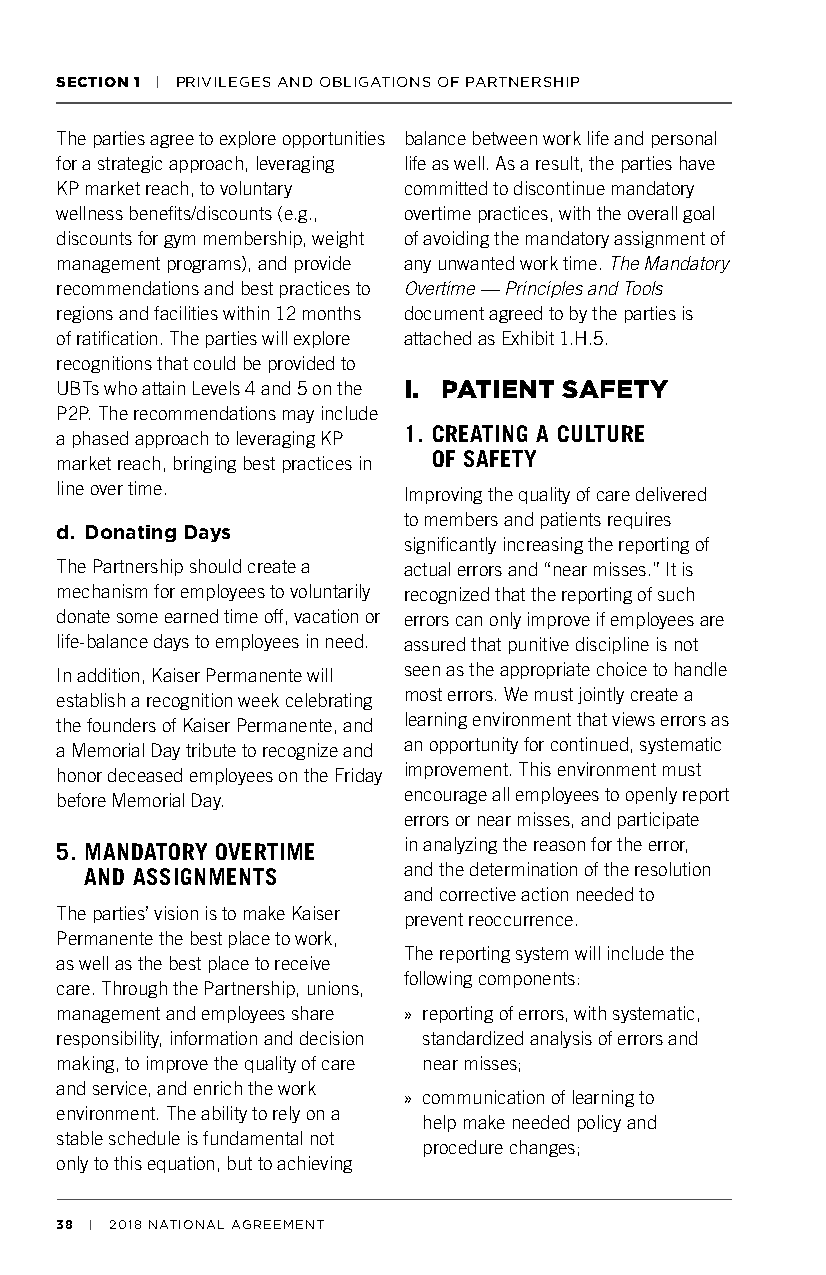
SECTION 1 | PRIVILEGES AND OBLIGATIONS OF PARTNERSHIP
 The parties agree to explore opportunities balance between work life and personal
 for a strategic approach, leveraging life as well. As a result, the parties have
 KP market reach, to voluntary committed to discontinue mandatory
 wellness benefits/discounts (e.g., overtime practices, with the overall goal
 discounts for gym membership, weight of avoiding the mandatory assignment of
 management programs), and provide any unwanted work time. The Mandatory
 recommendations and best practices to Overtime — Principles and Tools
 regions and facilities within 12 months document agreed to by the parties is
 of ratification. The parties will explore attached as Exhibit 1.H.5.
 recognitions that could be provided to
 UBTs who attain Levels 4 and 5 on the I. PATIENT SAFETY
 P2P. The recommendations may include
 a phased approach to leveraging KP 1. CREATING A CULTURE
 market reach, bringing best practices in OF SAFETY
 line over time.
 Improving the quality of care delivered
 to members and patients requires
 d. Donating Days
 significantly increasing the reporting of
 The Partnership should create a actual errors and “near misses.” It is
 mechanism for employees to voluntarily recognized that the reporting of such
 donate some earned time off, vacation or errors can only improve if employees are
 life-balance days to employees in need. assured that punitive discipline is not
 seen as the appropriate choice to handle
 In addition, Kaiser Permanente will
 most errors. We must jointly create a
 establish a recognition week celebrating
 learning environment that views errors as
 the founders of Kaiser Permanente, and
 an opportunity for continued, systematic
 a Memorial Day tribute to recognize and
 improvement. This environment must
 honor deceased employees on the Friday
 encourage all employees to openly report
 before Memorial Day.
 errors or near misses, and participate
 in analyzing the reason for the error,
 5. MANDATORY OVERTIME
 and the determination of the resolution
 AND ASSIGNMENTS
 and corrective action needed to
 The parties’ vision is to make Kaiser prevent reoccurrence.
 Permanente the best place to work,
 The reporting system will include the
 as well as the best place to receive
 following components:
 care. Through the Partnership, unions,
 management and employees share » reporting of errors, with systematic,
 responsibility, information and decision standardized analysis of errors and
 making, to improve the quality of care near misses;
 and service, and enrich the work
 » communication of learning to
 environment. The ability to rely on a
 help make needed policy and
 stable schedule is fundamental not
 procedure changes;
 only to this equation, but to achieving
 38 | 2018 NATIONAL AGREEMENT